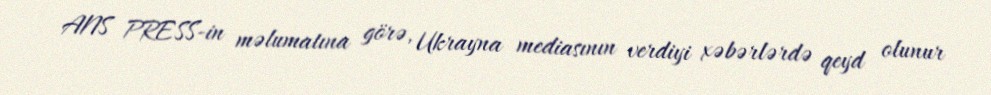
ANS PRESS-in məlumatına görə, Ukrayna mediasının verdiyi xəbərlərdə qeyd olunur